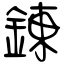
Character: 錬